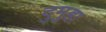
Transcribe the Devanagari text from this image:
दुमुहा